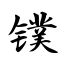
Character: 镤